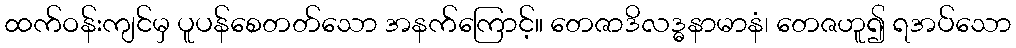
ထက်ဝန်းကျင်မှ ပူပန်စေတတ်သော အနက်ကြောင့်။ တေဇာဒိလဒ္ဓနာမာနံ၊ တေဇဟူ၍ ရအပ်သော